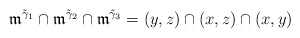
\begin{align*}\mathfrak{m}^{\tilde{\gamma}_1}\cap\mathfrak{m}^{\tilde{\gamma}_2}\cap\mathfrak{m}^{\tilde{\gamma}_3}=(y,z)\cap(x,z)\cap(x,y)\end{align*}